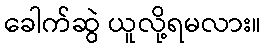
ခေါက်ဆွဲ ယူလို့ရမလား။